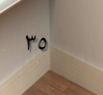
٣٥